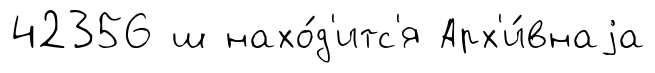
42356 ш нахо́д'итс'я Арх'и́внаjа